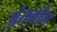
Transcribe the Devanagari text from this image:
अंतर्भौम